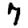
Digit: 7